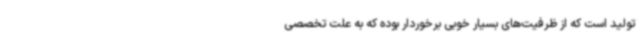
تولید است که از ظرفیت‌های بسیار خوبی برخوردار بوده که به علت تخصصی